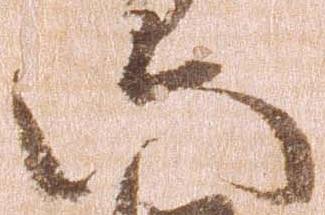
六